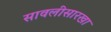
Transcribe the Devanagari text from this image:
सावलीसारखा